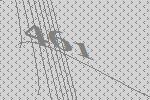
461